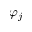
\varphi _ { j }